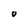
Character: O